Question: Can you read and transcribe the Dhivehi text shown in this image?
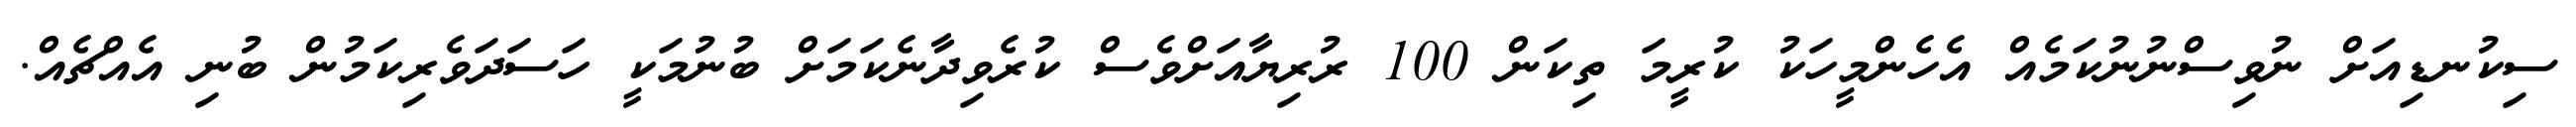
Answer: ސިކުނޑިއަށް ނުވިސްނުނުކަމެއް އެހެންމީހަކު ކުރީމަ ތިކަން 100 ރުރިޔާއަށްވެސް ކުރެވިދާނެކަމަށް ބުނުމަކީ ހަސަދަވެރިކަމުން ބުނި އެއްޗެއް.